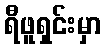
ရီဖူရှင်းမှာ